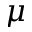
\mu